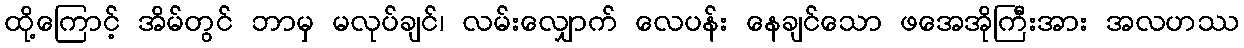
ထို့ကြောင့် အိမ်တွင် ဘာမှ မလုပ်ချင်၊ လမ်းလျှောက် လေပန်း နေချင်သော ဖအေအိုကြီးအား အလဟဿ